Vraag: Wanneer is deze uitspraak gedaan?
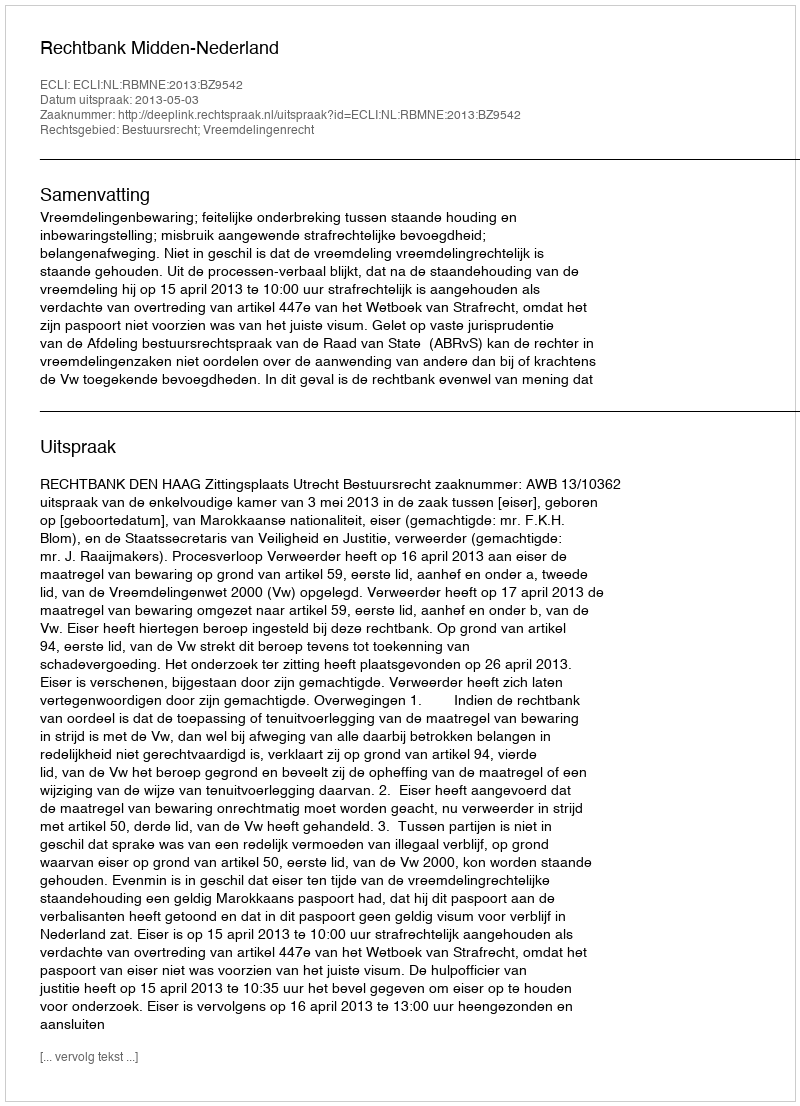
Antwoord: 2013-05-03